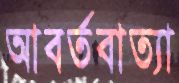
আবর্তবাত্যা